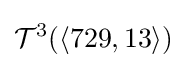
{\mathcal {T}}^{3}(\langle 729,13\rangle )